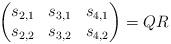
LaTeX: \begin{align*} \begin{pmatrix} s_{2,1} & s_{3,1} & s_{4,1} \\ s_{2,2} & s_{3,2} & s_{4,2} \end{pmatrix} = Q R \end{align*}